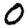
Digit: 0